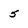
Character: 5